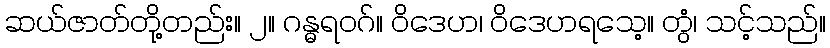
ဆယ်ဇာတ်တို့တည်း။ ၂။ ဂန္ဓရဝဂ်။ ဝိဒေဟ၊ ဝိဒေဟရသေ့။ တွံ၊ သင့်သည်။